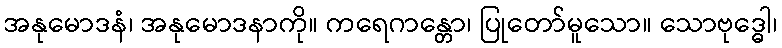
အနုမောဒနံ၊ အနုမောဒနာကို။ ကရေဂာန္တော၊ ပြုတော်မူသော။ သောဗုဒ္ဓေါ၊